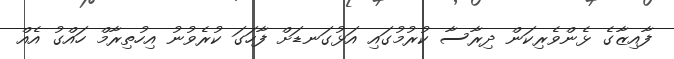
ފާއިޒާގެ ޅެންވެރިކަން ދިރާސާ ކުރުމުގައި އަޅުގަނޑަށް ފާހަގަ ކުރެވުނު އިހުތިރާމް ހައްގު އެއް